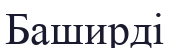
Баширді